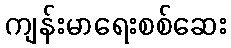
ကျန်းမာရေးစစ်ဆေး